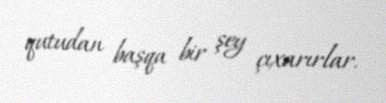
qutudan başqa bir şey çıxarırlar.